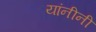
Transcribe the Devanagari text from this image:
यांनीनी